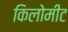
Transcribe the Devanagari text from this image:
किलोमीट